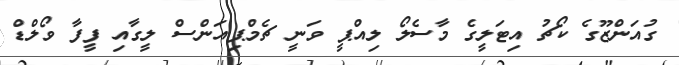
ގުއަންޒޫގެ ކޯޗު އިޓަލީގެ މާސެލޯ ލިއްޕީ ވަނީ ޗެމްޕިއަންސް ލީގާއި ފީފާ ވޯލްޑް